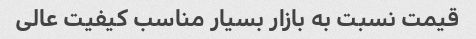
قیمت نسبت به بازار بسیار مناسب کیفیت عالی